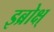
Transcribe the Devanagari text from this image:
इब्रोक्ष्